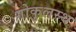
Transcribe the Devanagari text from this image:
गोकुलस्थ